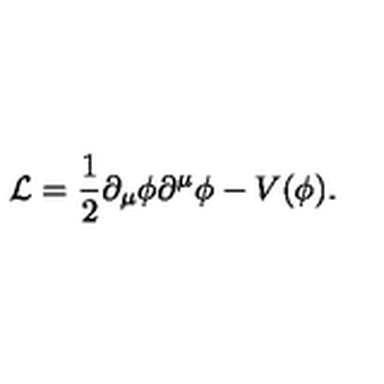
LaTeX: { \cal L } = \frac 1 2 \partial _ { \mu } \phi \partial ^ { \mu } \phi - V ( \phi ) .